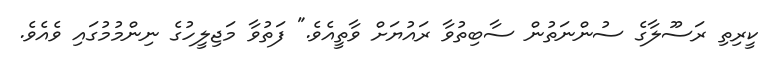
ކީރިތި ރަސޫލާގެ ސުންނަތުން ސާބިތުވާ ރައުޔަށް ވާތީއެވެ." ފަތުވާ މަޖިލީހުގެ ނިންމުމުގައި ވެއެވެ.